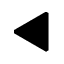
\blacktriangleleft